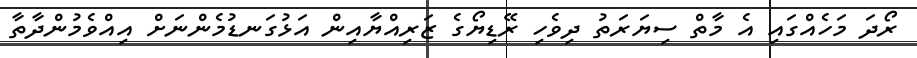
ރޯދަ މަހެއްގައި އެ މާތް ސިޔަރަތު ދިވެހި ރޭޑިޔޯގެ ޒަރިއްޔާއިން އަޅުގަނޑުމެންނަށް އިއްވެމުންދާތާ